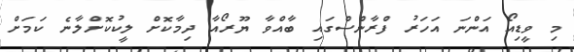
މި ވީޑިއޯ އަންނަ އަހަރު ފްރާންސްގައި ބާއްވާ ޔޫރޯއާ ދިމާކޮށް ލީކުކޮށްލާނެ ކަމަށް